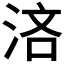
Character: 𣵰